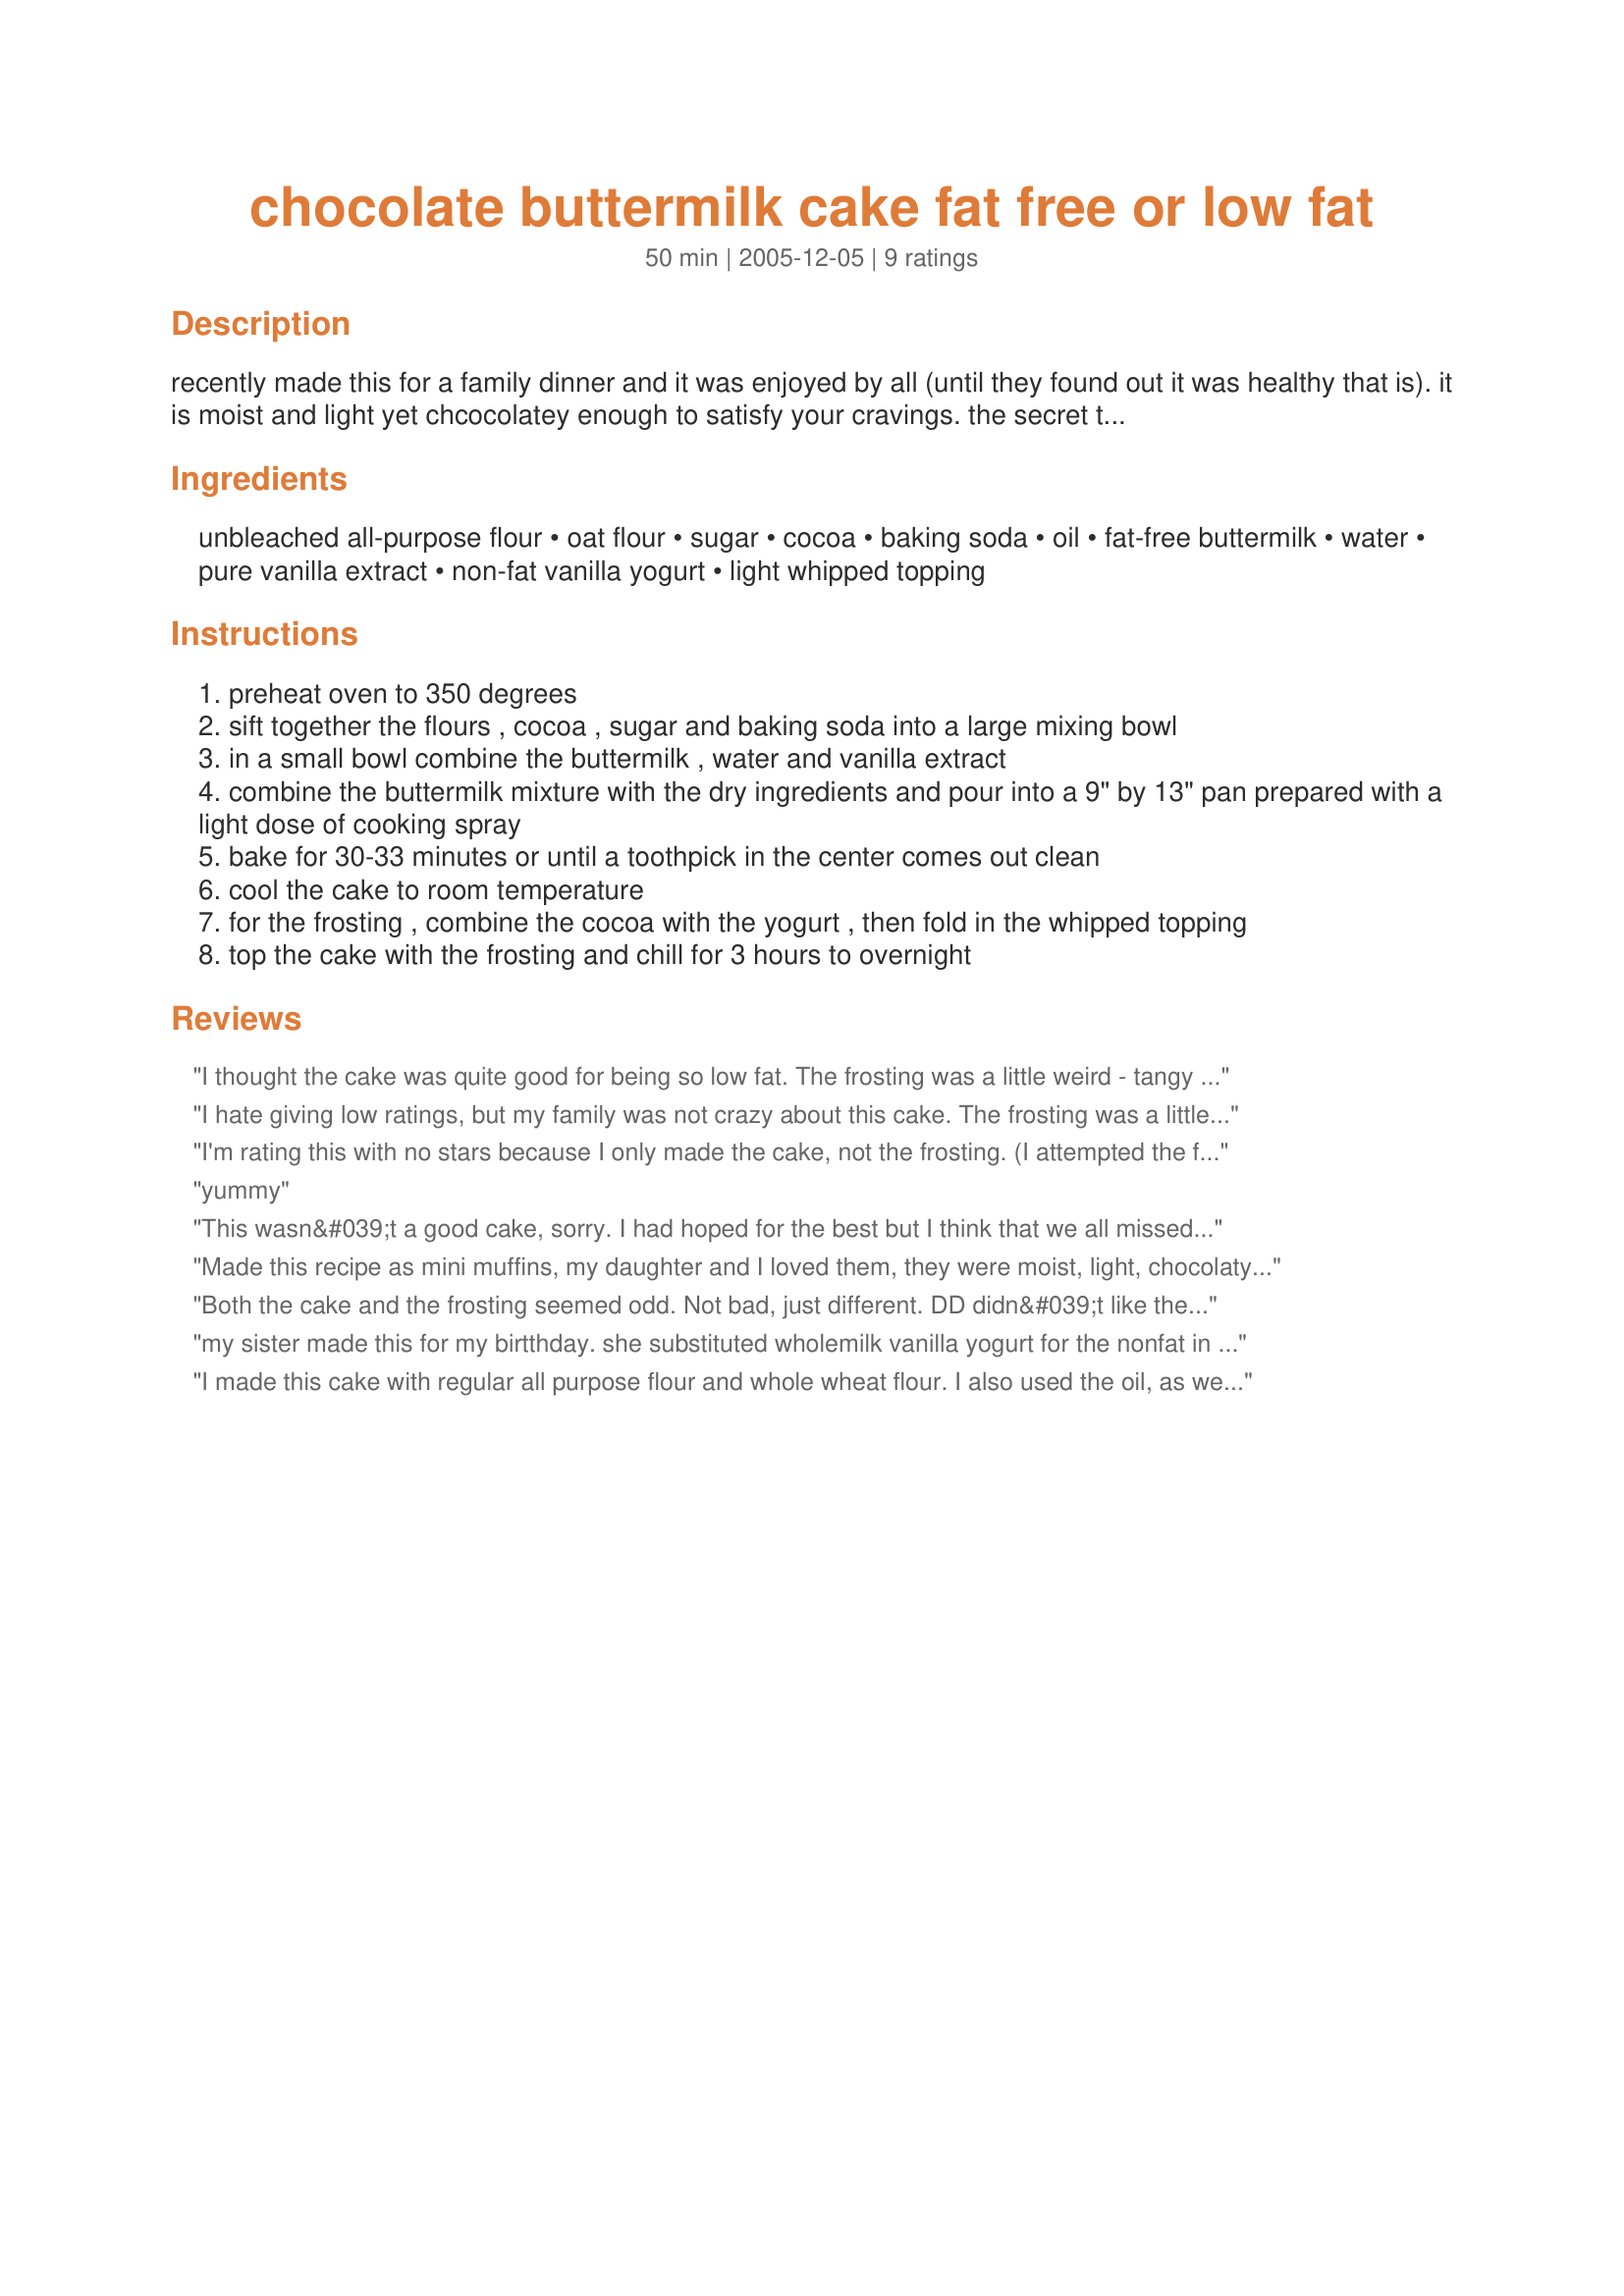
chocolate buttermilk cake fat free or low fat
Preparation time: 50 minutes

recently made this for a family dinner and it was enjoyed by all (until they found out it was healthy that is). it is moist and light yet chcocolatey enough to satisfy your cravings. the secret to this cake is the moist and fluffy "frosting." not only does it make a nice contrast to the buttermilk cake it keeps the dish from having that dry quality characteristic of non-fat baking. for that reason, it is best to let your finished cake fully chill, overnight if possible. the tablespoon of oil is optional and makes this a low fat not fat free option. the nutritionals given for this cake without the oil are 156 calories, 1.3g fat, 1.4g fiber, and 0g cholesterol.

Ingredients:
unbleached all-purpose flour, oat flour, sugar, cocoa, baking soda, oil, fat-free buttermilk, water, pure vanilla extract, non-fat vanilla yogurt, light whipped topping

Steps:
preheat oven to 350 degrees
sift together the flours , cocoa , sugar and baking soda into a large mixing bowl
in a small bowl combine the buttermilk , water and vanilla extract
combine the buttermilk mixture with the dry ingredients and pour into a 9" by 13" pan prepared with a light dose of cooking spray
bake for 30-33 minutes or until a toothpick in the center comes out clean
cool the cake to room temperature
for the frosting , combine the cocoa with the yogurt , then fold in the whipped topping
top the cake with the frosting and chill for 3 hours to overnight

Reviews:
I thought the cake was quite good for being so low fat. The frosting was a little weird - tangy and strange tasting. My 4 year old scraped it off before she would eat the cake, but the adults all ate it. I think next time I would just use fat free cool whip to top it, or I'd sift powdered sugar over the top.
I hate giving low ratings, but my family was not crazy about this cake. The frosting was a little too tangy and not sweet enough for us. I used the 1 Tbsp oil, but even after the frosting had a decent amount of time to soak into the cake it still seemed pretty dry. I did use soy "buttermilk" and yogurt, but those are substitutions I make frequently and they usually work out fine. It's certainly nice that this is so healthy, but unfortunately it's not one I'd make again.
I'm rating this with no stars because I only made the cake, not the frosting. (I attempted the frosting but tried to sub. fat free plain yogurt with some sugar and vanilla added and it did not work well at all. So I would not recommend trying that. I gave up and made a frosting that was not at all healthy because I needed this asap to take to an event.) The cake was dense but very nice. I did add the 1 tbsp. oil. Nice chocolate flavor. Definitely needs a frosting of some sort though. When I try it with the regular frosting (soon I'm sure) I'll rerate with stars. Thanks toni, you have great recipes!
yummy
This wasn&#039;t a good cake, sorry. I had hoped for the best but I think that we all missed the fat.
Made this recipe as mini muffins, my daughter and I loved them, they were moist, light, chocolaty and rich. I must say I made small changes still keep the recipe's integrity: I used whole wheat flour intead of regular (I only use whole wheat)and oat flour, and fructose instead of sugar, regular cocoa and nonfat yogurt instead of buttermilk, I also indulged adding 2 tbsp of chocolate chips, but did not make frosting. Great recipe, my second favorite when it comes to chocolate muffins and it's low fat low calory too!
Both the cake and the frosting seemed odd. Not bad, just different. DD didn&#039;t like the frosting at all. Everyone else ate it, but just don&#039;t think this cake is for us.
my sister made this for my birtthday. she substituted wholemilk vanilla yogurt for the nonfat in making the frosting. i found the frosting yummy but the cake a tad dry,<br/>i myself mightve added some pudding or homemade non high fructose corn syrup <br/>jam.replaced the eggs with applesauce, and milk with hempmilk, and the oil with jam. tho yu might try putting pudding on side or in middle.
I made this cake with regular all purpose flour and whole wheat flour. I also used the oil, as well as cocoa for the frosting. For a chocoholic like me, this cake had a nice flavor, it didn't taste like a low fat recipe at all. I would make this again.
